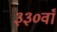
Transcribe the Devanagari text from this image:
३३०वाँ